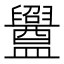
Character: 𥃝